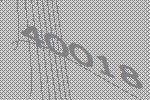
40018